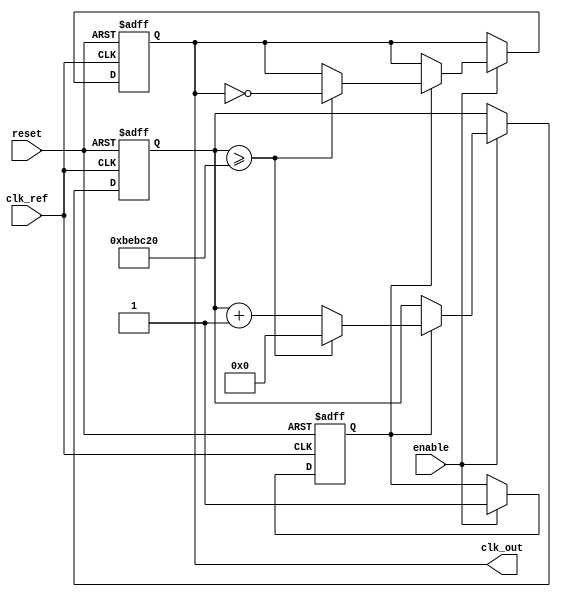
module parameterized_PLL #(
    parameter F_REF = 50_000_000, // Reference frequency in Hz
    parameter F_OUT = 100_000_000, // Desired output frequency in Hz
    parameter N = F_OUT / F_REF, // Division ratio
    parameter LOOP_GAIN = 1, // Gain for the loop filter
    parameter VCO_MAX_FREQ = 200_000_000, // Maximum VCO frequency
    parameter VCO_MIN_FREQ = 50_000_000 // Minimum VCO frequency
)(
    input wire clk_ref, // Reference clock
    output reg clk_out, // Output clock
    input wire reset, // Asynchronous reset
    input wire enable // Enable PLL
);

    // Phase Detector (PD)
    reg pd_error;
    reg [31:0] phase_count;

    // Loop Filter (LF)
    reg [31:0] filter_output;
    
    // Voltage-Controlled Oscillator (VCO)
    reg [31:0] vco_counter;
    reg vco_enable;
    
    // Divider
    wire clk_div;
    reg [31:0] divider_counter;

    // Initial states
    initial begin
        clk_out = 0;
        pd_error = 0;
        filter_output = 0;
        vco_counter = 0;
        divider_counter = 0;
    end

    // Phase Detector
    always @(posedge clk_ref or posedge reset) begin
        if (reset) begin
            pd_error <= 0;
            phase_count <= 0;
        end else if (enable) begin
            // Simple XOR phase detector - phase comparison
            if (clk_out) begin
                pd_error <= 1; // Phase error detected
                phase_count <= phase_count + 1;
            end
        end
    end

    // Loop Filter
    always @(posedge clk_ref or posedge reset) begin
        if (reset) begin
            filter_output <= 0;
        end else if (enable) begin
            filter_output <= filter_output + (LOOP_GAIN * pd_error);
        end
    end

    // Voltage-Controlled Oscillator (VCO)
    always @(posedge clk_ref or posedge reset) begin
        if (reset) begin
            vco_counter <= 0;
            vco_enable <= 0;
        end else if (enable) begin
            // VCO frequency determined by filter output
            if (filter_output < VCO_MIN_FREQ) begin
                vco_counter <= VCO_MIN_FREQ;
            end else if (filter_output > VCO_MAX_FREQ) begin
                vco_counter <= VCO_MAX_FREQ;
            end else begin
                vco_counter <= filter_output;
            end
            vco_enable <= 1;
        end
    end

    // Output clock generation
    always @(posedge clk_ref or posedge reset) begin
        if (reset) begin
            clk_out <= 0;
            divider_counter <= 0;
        end else if (enable) begin
            if (vco_enable) begin
                // Generate clk_out based on vco_counter
                if (divider_counter >= (F_REF / (2 * N))) begin
                    clk_out <= ~clk_out; // Toggle output clock
                    divider_counter <= 0;
                end else begin
                    divider_counter <= divider_counter + 1;
                end
            end
        end
    end

endmodule